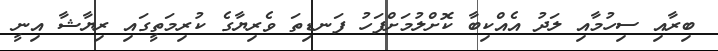
ބިރާއި ސިހުމާއި ލަދު އެއްކިބާ ކޮށްލުމަށްފަހު ފަނޑިތަ ވެރިޔާގެ ކުރިމަތީގައި ރިޔާޝާ އިނީ